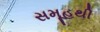
સમૂહથી